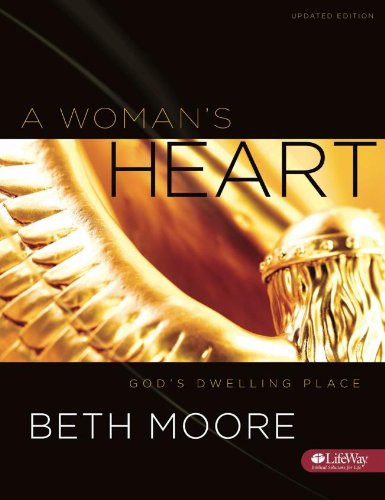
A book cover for A Woman's Heart: God's Dwelling Place (Member Book UPDATED); Beth Moore; Christian Books & Bibles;